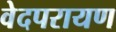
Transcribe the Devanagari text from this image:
वेदपरायण